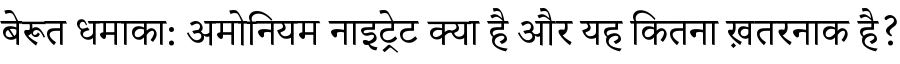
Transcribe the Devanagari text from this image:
बेरूत धमाका: अमोनियम नाइट्रेट क्या है और यह कितना ख़तरनाक है?